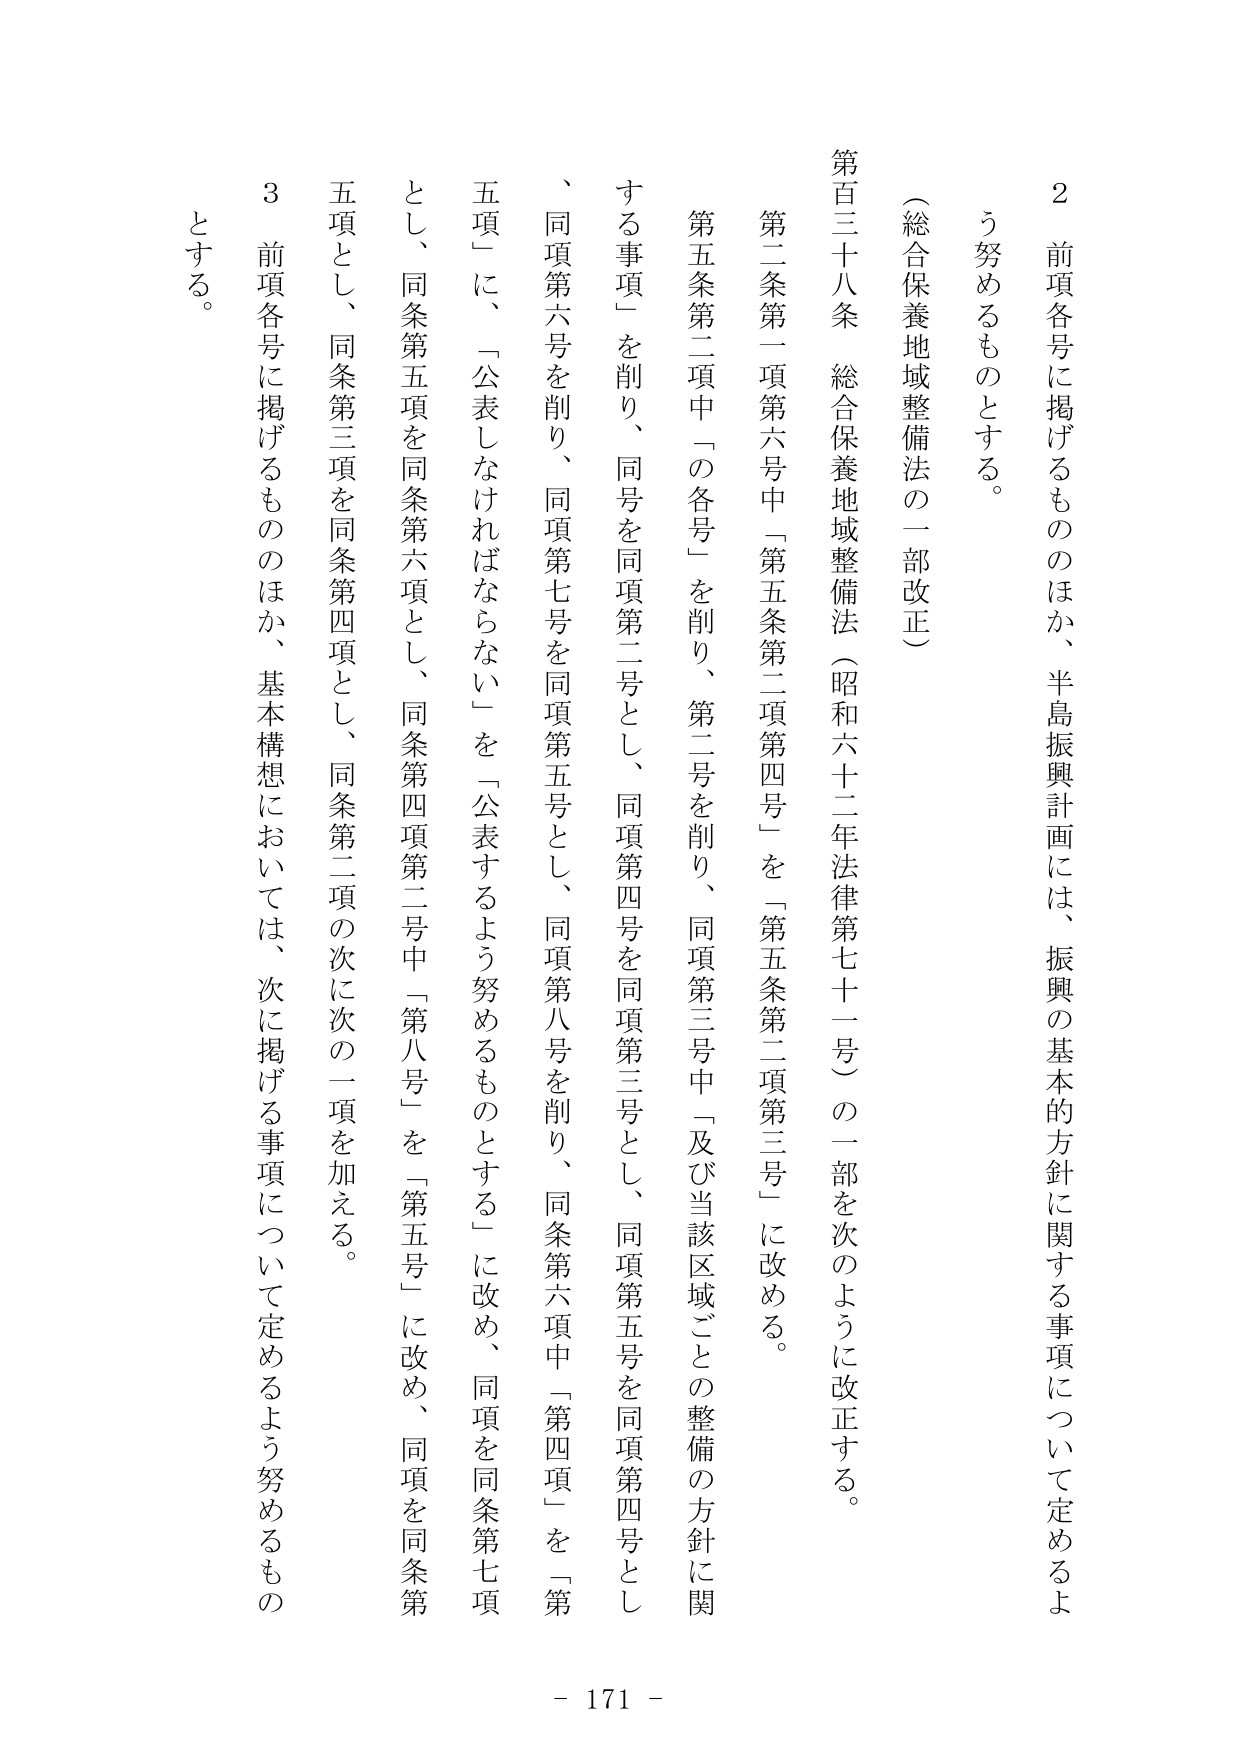
2 前項各号に掲げるもののほか、半島振興計画には、振興の基本的方針に関する事項について定めるよう努めるものとする。

（総合保養地域整備法の一部改正）

第百三十八条 総合保養地域整備法（昭和六十二年法律第七十一号）の一部を次のように改正する。

第二条第一項第六号中「第五条第二項第四号」を「第五条第二項第三号」に改める。

第五条第二項中「の各号」を削り、第二号を削り、同項第三号中「及び当該区域ごとの整備の方針に関する事項」を削り、同号を同項第二号とし、同項第四号を同項第三号とし、同項第五号を同項第四号とし、同項第六号を削り、同項第七号を同項第五号とし、同項第八号を削り、同条第六項中「第四項」を「第五項」に、「公表しなければならない」を「公表するよう努めるものとする」に改め、同項を同条第七項とし、同条第五項を同条第六項とし、同条第四項第二号中「第八号」を「第五号」に改め、同項を同条第五項とし、同条第三項を同条第四項とし、同条第二項の次に次の一項を加える。

3 前項各号に掲げるもののほか、基本構想においては、次に掲げる事項について定めるよう努めるものとする。

- 171 -